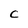
Character: C